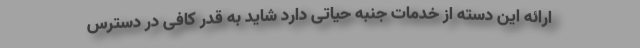
ارائه این دسته از خدمات جنبه حیاتی دارد شاید به قدر کافی در دسترس